Indian journal of veterinary science and animal husbandry - Volumes 15-17, 1948-1951
Year: 1948
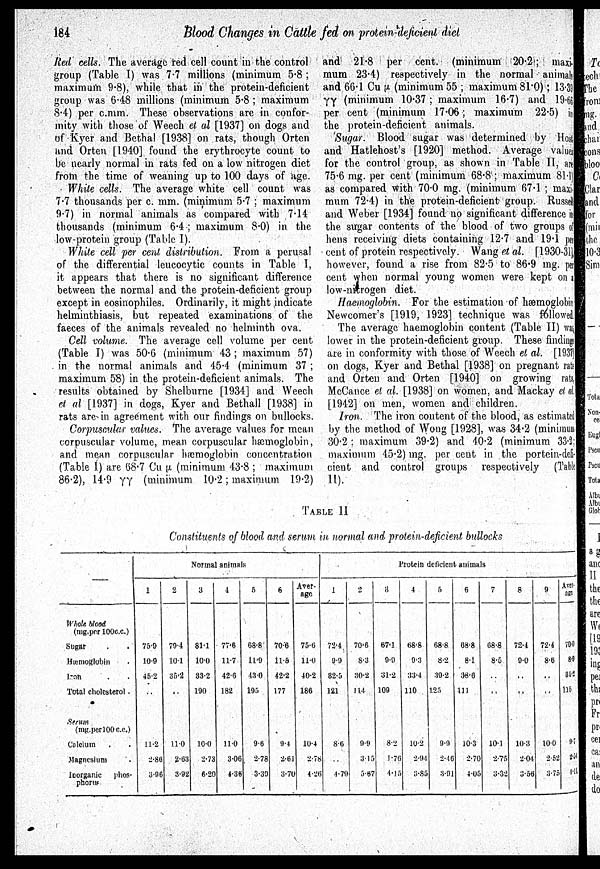
184
Blood Changes in Cattle fed on protein-deficient diet
Red cells. The average red cell count in the control
group (Table I) was 7.7 millions (minimum 5.8 ;
maximum 9.8), while that in the protein-deficient
group was 6.48 millions (minimum 5.8 ; maximum
8.4) per c.mm. These observations are in confor-
mity with those of Weech et al [1937] on dogs and
of Kyer and Bethal [1938] on rats, though Orten
and Orten [1940] found the erythrocyte count to
be nearly normal in rats fed on a low nitrogen diet
from the time of weaning up to 100 days of age.
White cells. The average white cell count was
7.7 thousands per c. mm. (minimum 5.7 : maximum
9.7) in normal animals as compared with 7.14
thousands (minimum 6.4 ; maximum 8.0) in the
low-protein group (Table I).
White cell per cent distribution. From a perusal
of the differential leucocytic counts in Table I,
it appears that there is no significant difference
between the normal and the protein-deficient group
except in eosinophiles. Ordinarily, it might indicate
helminthiasis, but repeated examinations of the
faeces of the animals revealed no helminth ova.
Cell volume. The average cell volume per cent
(Table I) was 50.6 (minimum 43 ; maximum 57)
in the normal animals and 45.4 (minimum 37 ;
maximum 58) in the protein-deficient animals. The
results obtained by Shelburne [1934] and Weech
et al [1937] in dogs, Kyer and Bethall [1938] in
rats are in agreement with our findings on bullocks.
Corpuscular values. The average values for mean
corpuscular volume, mean corpuscular hæmoglobin,
and mean corpuscular hæmoglobin concentration
(Table I) are 68.7 Cu µ (minimum 43.8 ; maximum
86.2), 14.9 ΓΓ (minimum 10.2; maximum 19.2)
and 21.8 per cent. (minimum 20.2; maxi-
mum 23.4) respectively in the normal animals
and 66.1 Cu µ (minimum 55 ; maximum 81.0); 13.39
γγ (minimum 10.37 ; maximum 16.7) and 19.66
per cent (minimum 17.06; maximum 22.5) in
the protein-deficient animals.
Sugar. Blood sugar was determined by Host
and Hatlehost's [1920] method. Average values
for the control group, as shown in Table II, art
75.6 mg. per cent (minimum 68.8 ; maximum 81.1)
as compared with 70.0 mg. (minimum 67.1 ; maxi
mum 72.4) in the protein-deficient group. Russel
and Weber [1934] found no significant difference in
the sugar contents of the blood of two groups of
hens receiving diets containing 12.7 and 19.1 per
cent of protein respectively. Wang et al. [1930-31]
however, found a rise from 82.5 to 86.9 mg. per
cent when normal young women were kept on a
low-nitrogen diet.
Haemoglobin. For the estimation of hæmoglobin
Newcomer's [1919, 1923] technique was followed
The average haemoglobin content (Table II) was
lower in the protein-deficient group. These findings
are in conformity with those of Weech et al. [1937]
on dogs, Kyer and Bethal [1938] on pregnant rats
and Orten and Orten [1940] on growing rats,
McCance et al. [1938] on women, and Mackay et al.
[1942] on men, women and children.
Iron. The iron content of the blood, as estimated
by the method of Wong [1928], was 34.2 (minimum
30.2 ; maximum 39.2) and 40.2 (minimum 33.2;
maximum 45.2) mg. per cent in the portein-defi-
cient and control groups respectively (Table
II).
TABLE II
Constituents of blood and serum in normal and protein-deficient bullocks
—
Whole blood
(mg.per 100c.c.)
Sugar . .
Hæmoglobin .
Iron . .
Total cholesterol .
Strum
(mg.per100 c.c.)
Calcium
Magnesium .
Inorganic
phos-
phorus
Normal animals
1
75.9
10.9
45.2
..
11.2
2.80
3.96
2
79.4
10.1
35.2
..
11.0
2.63
3.92
3
81.1
10'0
33.2
190
10.0
2.73
6.20
4
77.6
11.7
42.6
182
11.0
3.06
4.36
5
68.8
11.9
43.0
195
9.6
2.78
3.39
6
70.6
11.5
42.2
177
9.4
2.61
3.70
Aver-
age
75.6
11.0
40.2
186
10.4
2.78
4.26
Protein deficient animals
1
72.4
9.9
32.5
121
8.6
..
4.79
2
70.6
8.3
30.2
114
9.9
3.15
5.67
3
67.1
9.9
31.2
109
8.2
1.76
4.15
4
68.8
9.3
33.4
110
10.2
2.94
3.85
5
68.8
8.2
39.2
125
9.9
2.46
3.91
6
68.8
8.1
38.6
111
10.3
2.70
4.05
7
68.8
8.5
..
..
10.1
2.75
3.32
8
72.4
9.0
..
..
10.3
2.04
3.56
9
72.4
8.6
..
..
10.0
2.52
3.75
Aver-
age
70.0
8. 9
34.2
115
9.7
2.54
4.11